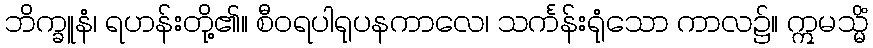
ဘိက္ခူနံ၊ ရဟန်းတို့၏။ စီဝရပါရုပနကာလေ၊ သင်္ကန်းရုံသော ကာလ၌။ ဣမသ္မိံ